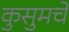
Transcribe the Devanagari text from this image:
कुसुमचे